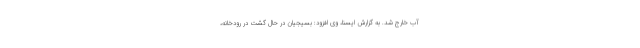
آب خارج شد. به گزارش ایسنا، وی افزود: بسیجیان در حال گشت در رودخانه،